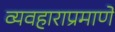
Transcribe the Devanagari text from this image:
व्यवहाराप्रमाणे